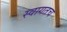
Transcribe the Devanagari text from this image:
स्‍वागतच